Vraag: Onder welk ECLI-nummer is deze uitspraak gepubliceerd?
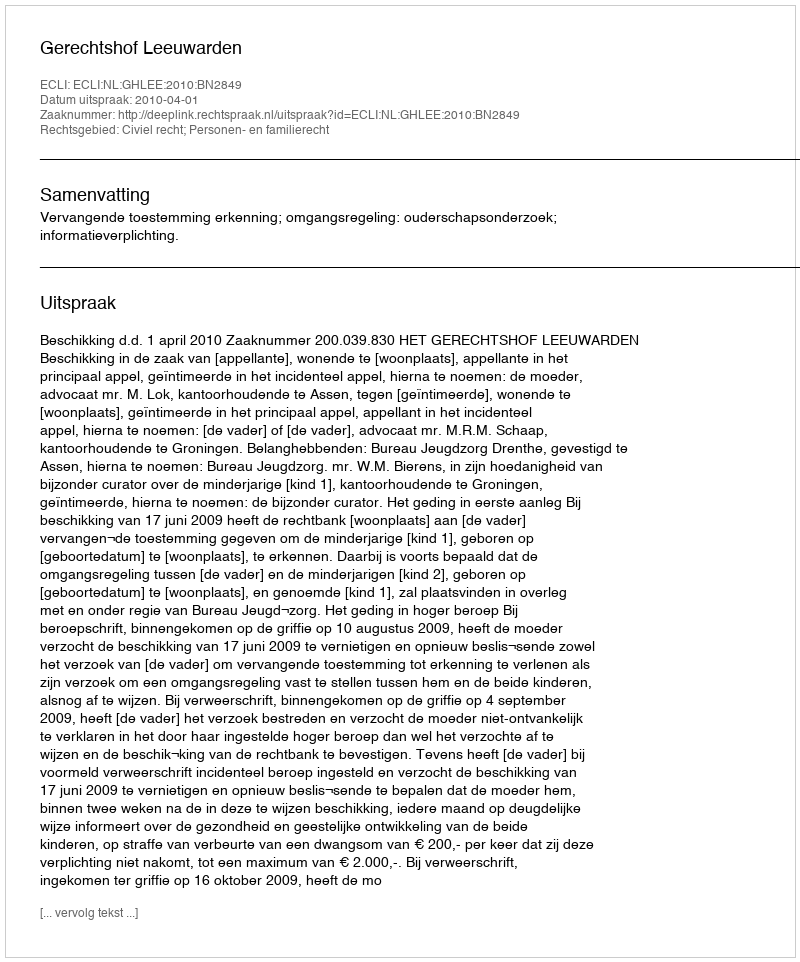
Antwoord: ECLI:NL:GHLEE:2010:BN2849